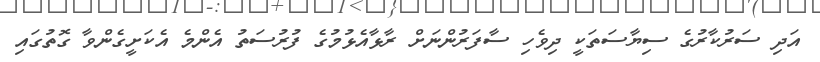
އަދި ސަރުކާރުގެ ސިޔާސަތަކީ ދިވެހި ސާފަރުންނަށް ރާޅާއެޅުމުގެ ފުރުސަތު އެންމެ އެކަށީގެންވާ ގޮތުގައި